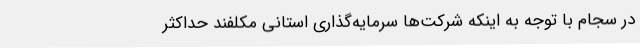
در سجام با توجه به اینکه شرکت‌ها سرمایه‌گذاری استانی مکلفند حداکثر